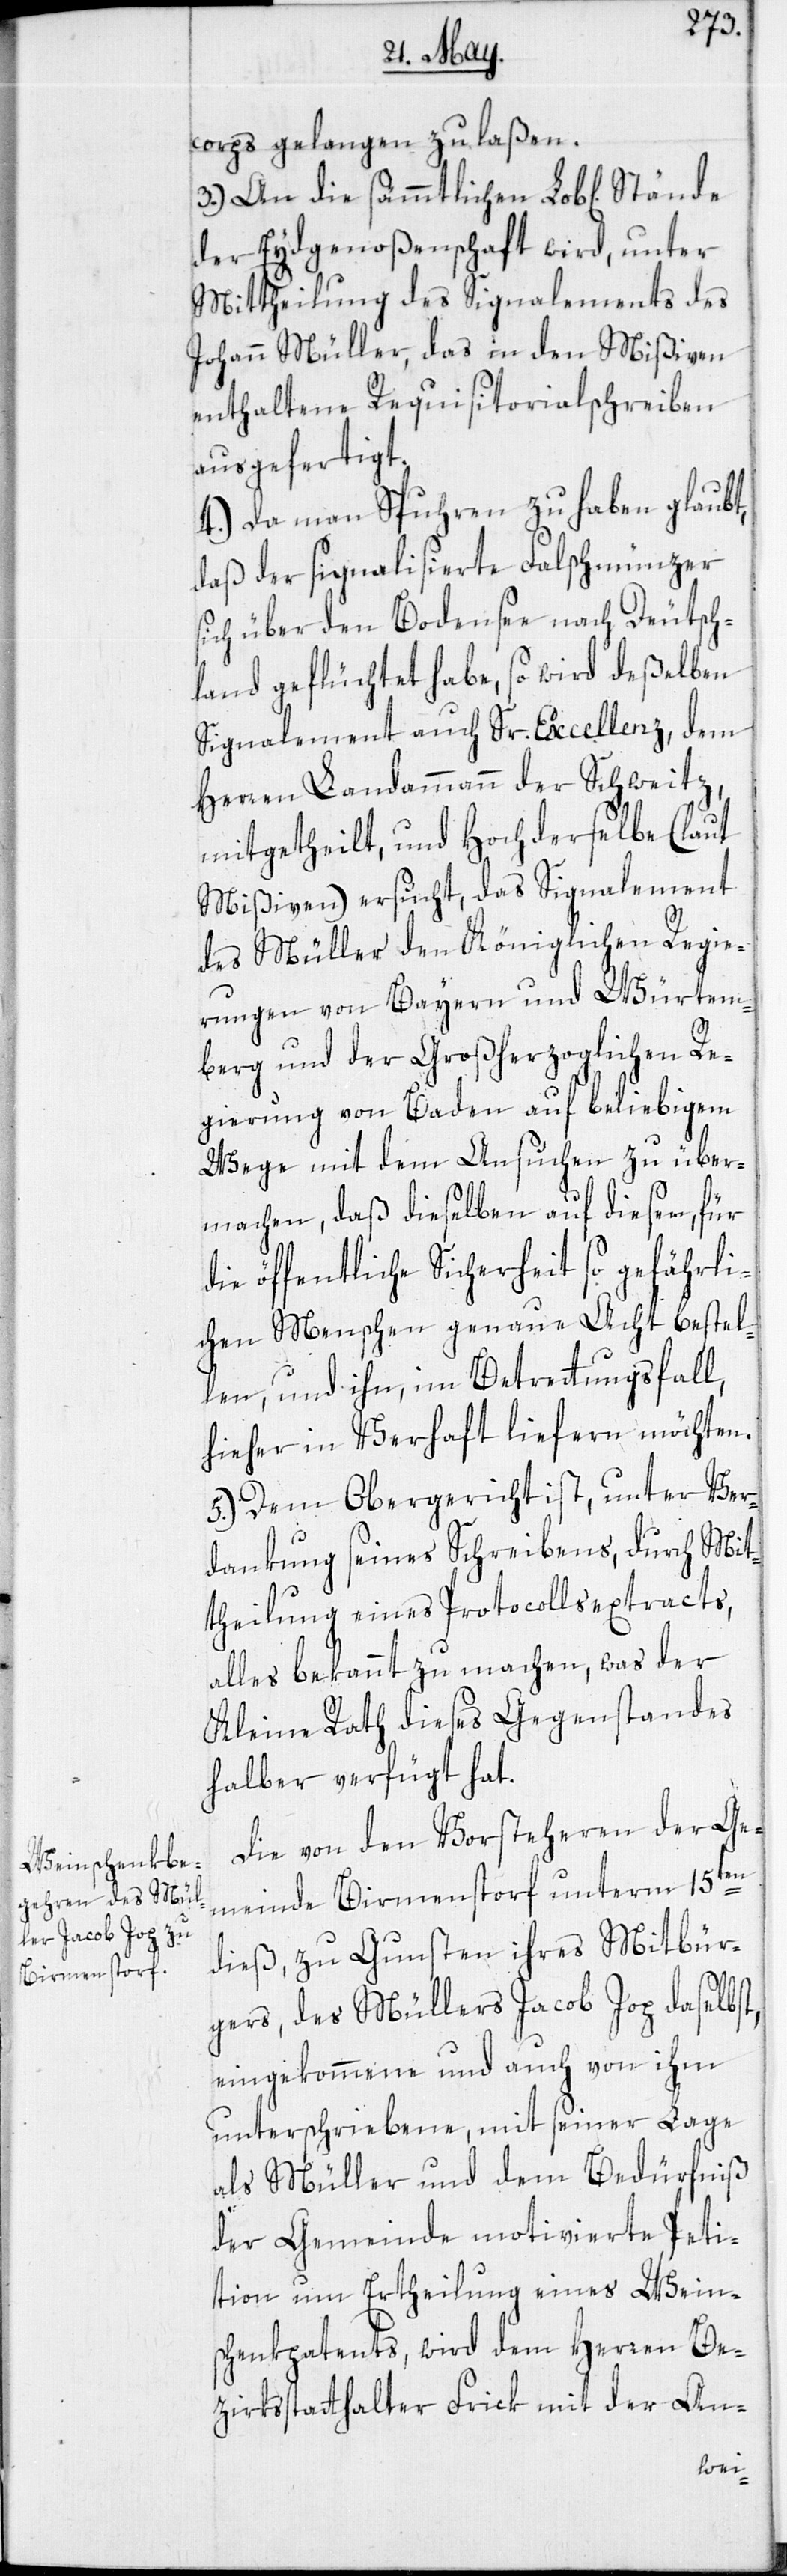
corps gelangen zu laßen.
3.) An die sämmtlichen Lob[lichen]
der Eydgenoßenschaft wird, unter
Mittheilung des Signalements des
Johann Müller, das in den Mißiven
enthaltene Requisitorialschreiben
ausgefertigt.
4.) Da man Spuhren zu haben glaubt,
daß der signalisierte Falschmünzer
sich über den Bodensee nach Deutsch¬
land geflüchtet habe, so wird deßelben
Signalement auch Sr. Excellenz, dem
Herren Landammann der Schweitz,
mitgetheilt, und Hochderselbe (laut
Mißiven) ersucht, das Signalement
des Müller den Königlichen Regie¬
rungen von Bayern und Würtem¬
berg und der Großherzoglichen Re¬
gierung von Baden auf beliebigem
Wege mit dem Ansuchen zu über¬
machen, daß dieselben auf diesen, für
die öffentliche Sicherheit so gefährli¬
chen Menschen genaue Acht bestel¬
len, und ihn, im Betrettungsfall,
hieher in Verhaft liefern möchten.
5.) Dem Obergericht ist, unter Ver¬
dankung seines Schreibens, durch Mit¬
theilung eines Protocollsextracts,
alles bekannt zu machen, was der
Kleine Rath dieses Gegenstandes
halber verfügt hat.
Die von den Vorsteheren der Ge¬
meinde Birmenstorf unterm 15ten
dieß, zu Gunsten ihres Mitbür¬
gers, des Müllers Jacob Jop daselbst,
eingekommene und auch von ihm
unterschriebene, mit seiner Lage
als Müller und dem Bedürfniß
der Gemeinde motivierte Peti¬
tion um Ertheilung eines Wein¬
schenkpatents, wird dem Herren Be¬
zirksstatthalter Frick mit der An-